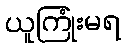
ယူကြုံးမရ